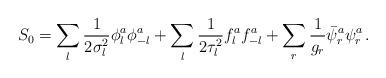
LaTeX: \begin{align*}S_0 = \sum_l {1 \over 2 \sigma_l^2} \phi_l^a \phi_{-l}^a + \sum_l {1 \over 2 \tau_l^2} f_l^a f_{-l}^a + \sum_r {1 \over g_r} \bar{\psi}_r^a \psi_r^a \,.\end{align*}